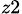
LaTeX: _{z2}